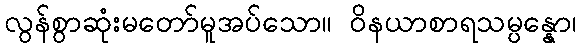
လွန်စွာဆုံးမတော်မူအပ်သော။ ဝိနယာစာရသမ္ပန္နော၊